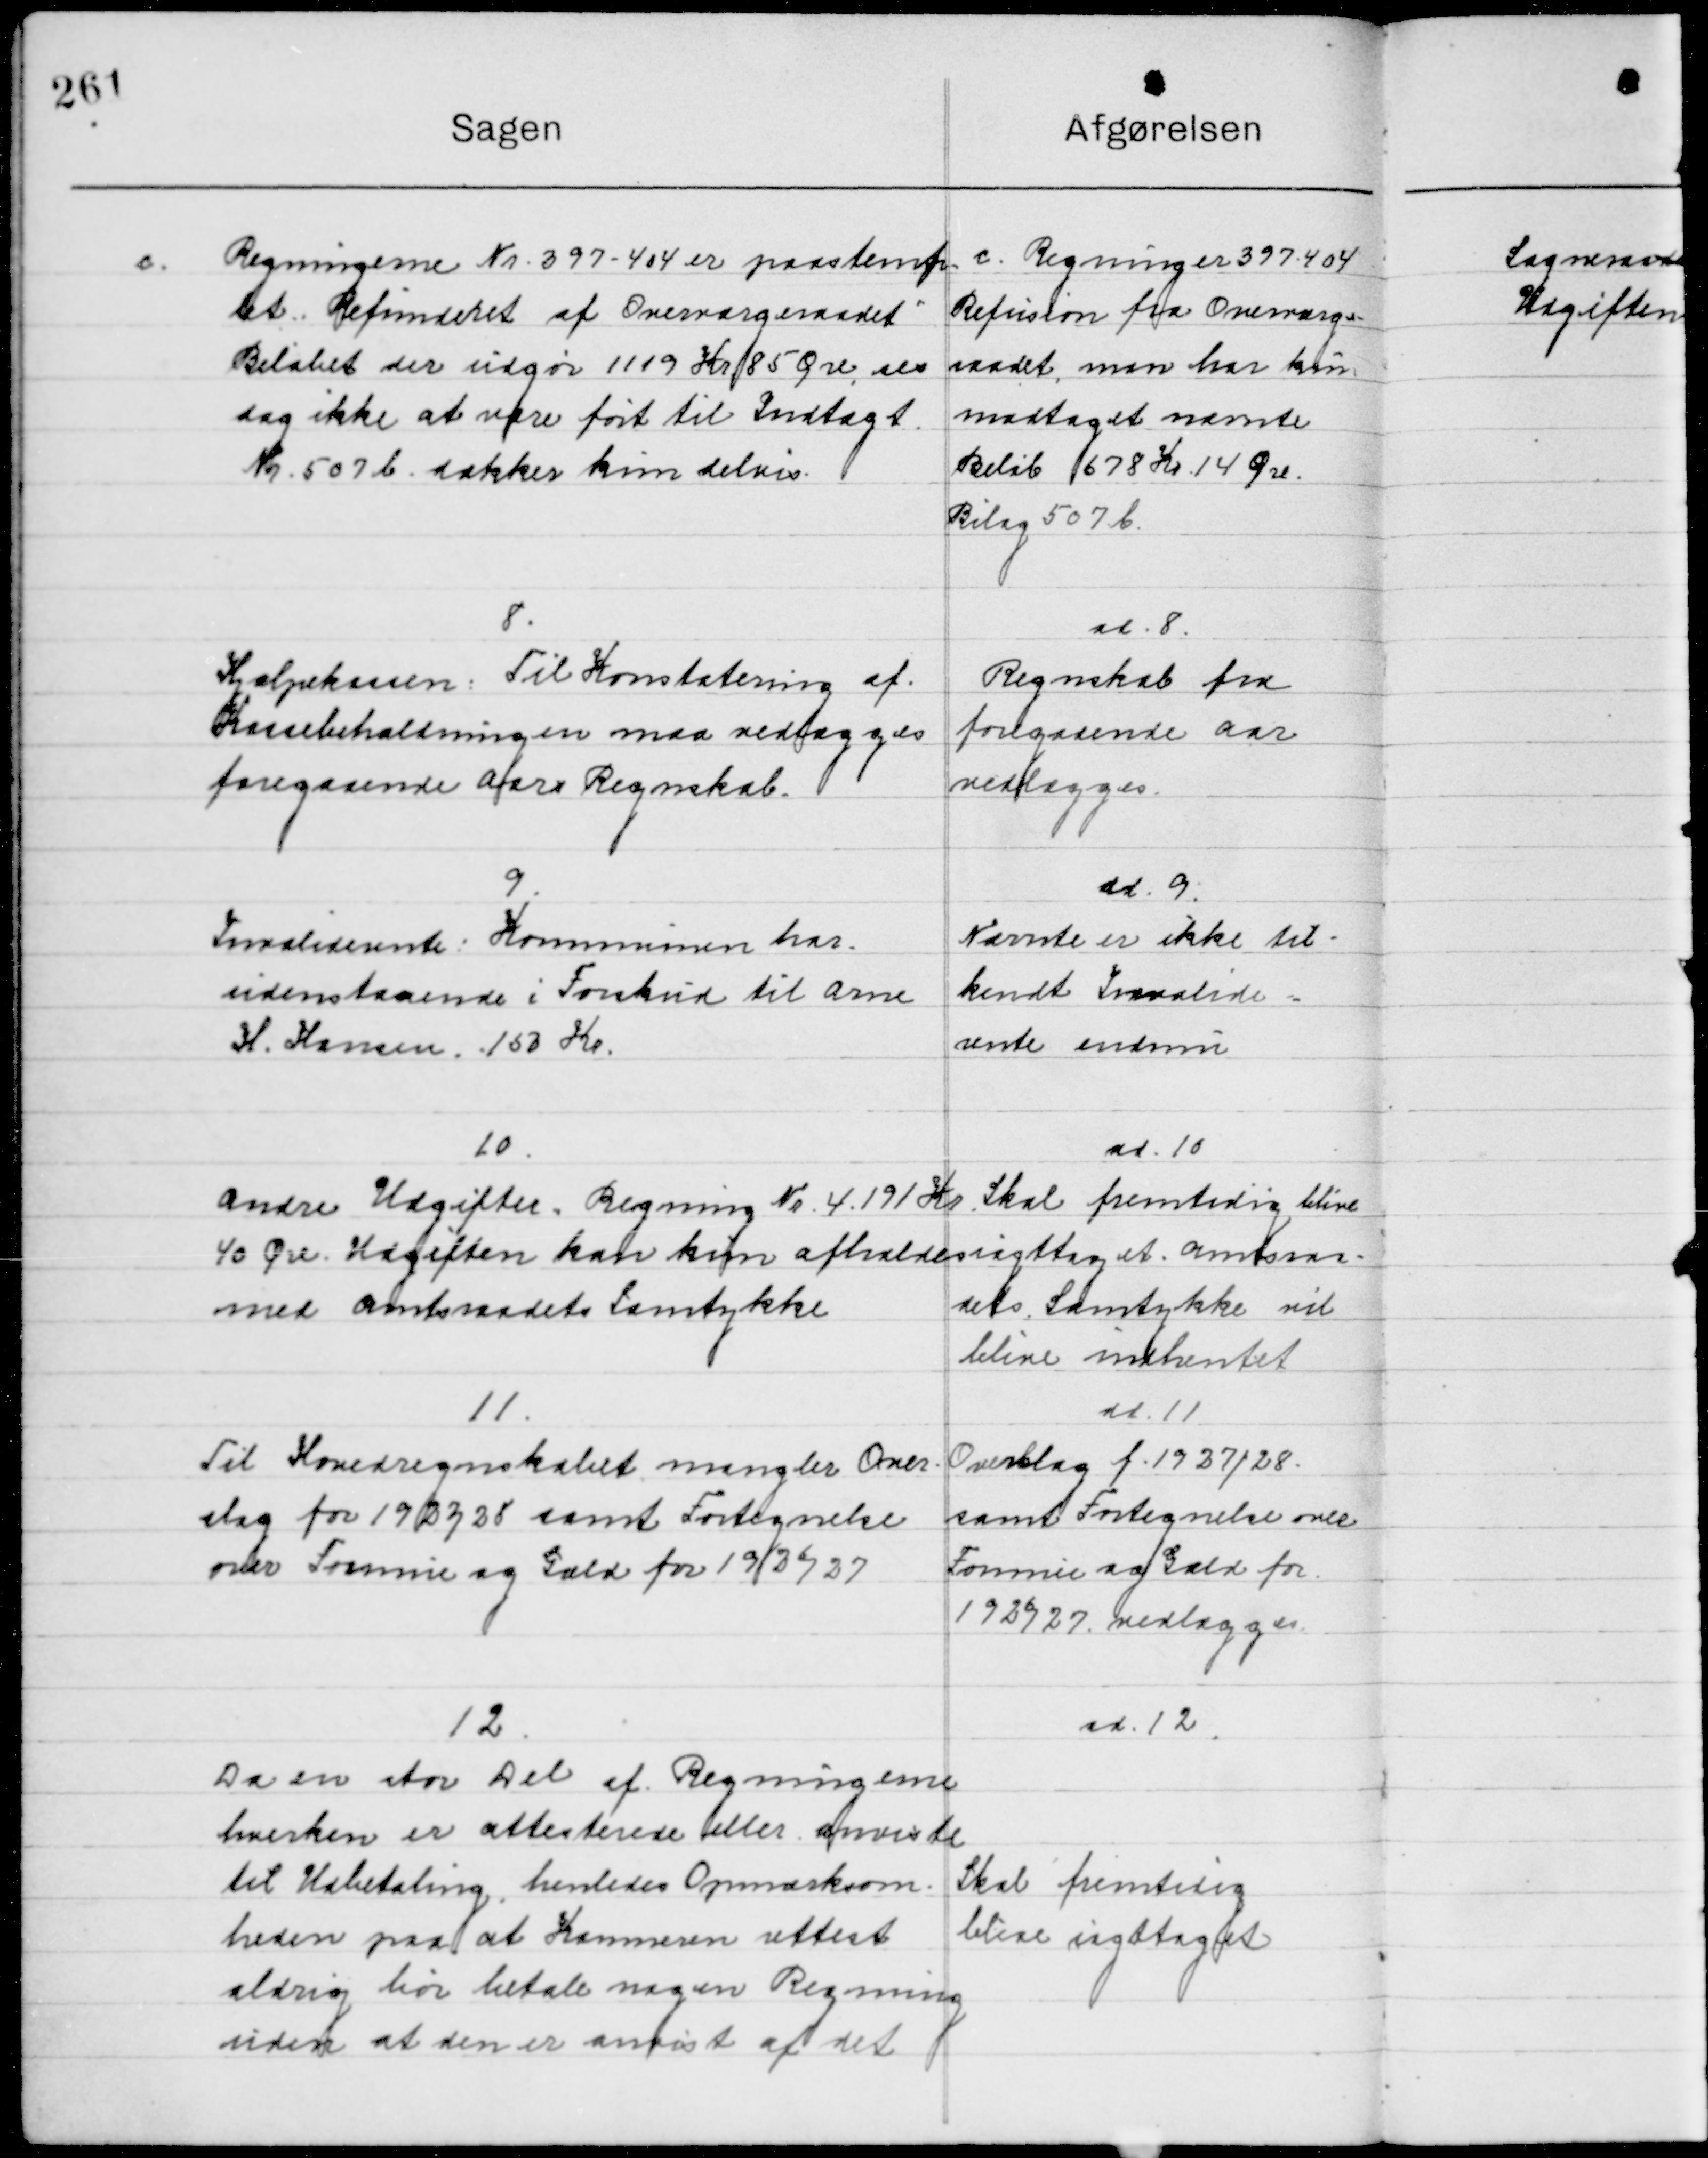
Transskription:
c.

Regningerne Nr. 397-404 er paastemp-
let Refunderet af Overværgeraadet 
Beløbet der udgør 1109 Kr. 85 Øre ere
dog ikke at være ført til Indtægt 
Nr. 507 b dækker kun delvis.

c. Regning er Nr. 397-404
Refusion fra Overværge-
Raadet, man har kun
Modtaget nævnte 
Beløb 678 Kr. 14 Øre
Bilag 507 b.

8

Hjælpekassen til Konstatering af
Kassebeholdning maa vedlægges
foregaaende aars Regnskab

ad. 8
Regnskab fra
foregaaende aar
vedlægges

9

invalide rente Kommunen har
Indestaaende i forskud til Arne
H. Hansen, 150 Kr.

ad. 9
Nævnte er ikke til-
kendt Invalide-
rente endnu

10

Andre Udgifter. Regning Nr. 4.191 Kr. 
40 Øre Udgiften kan kun afholdes 
med Amtsraadets samtykke

ad. 10
Skal fremtidig blive
rigtiget Amtsva-
rets Samtykke vil 
blive indhentet

11

Til Hovedregnskabet mangler Over-
Slag for 193228 samt Fortegnelse
over Formue og Gæld for 1926/27

ad. 11
Overslag f. 1927/28
Samt Fortegnelse over
Formue og Gæld for
1926/27 vedlægges

12

Da en stor Del af Regningerne 
hverken er attesterede eller anviste
til Udbetaling, henledes Opmærksom-
heden paa at Kommunen rettest
aldrig bør betale nogen Regning 
uden at den er anvist af det

ad. 12
Skal fremtidig
blive iagttaget